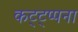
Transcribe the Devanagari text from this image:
कट्ट्प्पना